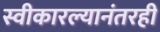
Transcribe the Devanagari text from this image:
स्वीकारल्यानंतरही